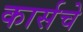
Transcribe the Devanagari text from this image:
कार्सचे